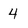
Character: 4